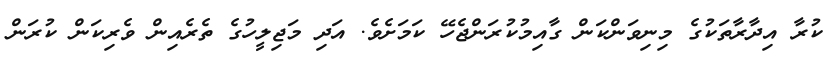
ކުރާ އިދާރާތަކުގެ މިނިވަންކަން ގާއިމުކުރަންޖެހޭ ކަމަށެވެ. އަދި މަޖިލީހުގެ ތެރެއިން ވެރިކަން ކުރަން